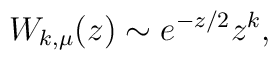
W_{k,\mu }(z)\sim e^{-z/2}z^{k},